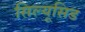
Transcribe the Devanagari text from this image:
सिल्यूसिड